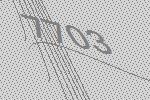
7703